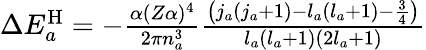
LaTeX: \begin{array}{r}{\Delta E_{a}^{\mathrm{H}}=-\frac{\alpha(Z\alpha)^{4}}{2\pi n_{a}^{3}}\frac{\left(j_{a}(j_{a}+1)-l_{a}(l_{a}+1)-\frac{3}{4}\right)}{l_{a}(l_{a}+1)(2l_{a}+1)}}\end{array}